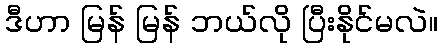
ဒီဟာ မြန် မြန် ဘယ်လို ပြီးနိုင်မလဲ။